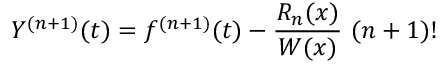
Y ^ { ( n + 1 ) } ( t ) = f ^ { ( n + 1 ) } ( t ) - { \frac { R _ { n } ( x ) } { W ( x ) } } \ ( n + 1 ) !